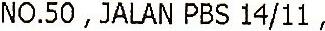
NO.50 ,JALAN PBS 14/11 ,